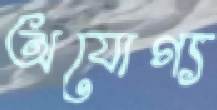
অযোগ্য